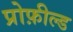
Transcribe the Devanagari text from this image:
प्रोफ़ील्ड